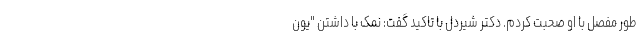
طور مفصل با او صحبت کردم. دکتر شیردل با تاکید گفت: نمک با داشتن "یون